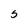
Character: S